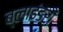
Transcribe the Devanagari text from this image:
ब्लाइंडरों